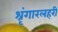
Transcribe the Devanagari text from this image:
श्रृंगारलहरी